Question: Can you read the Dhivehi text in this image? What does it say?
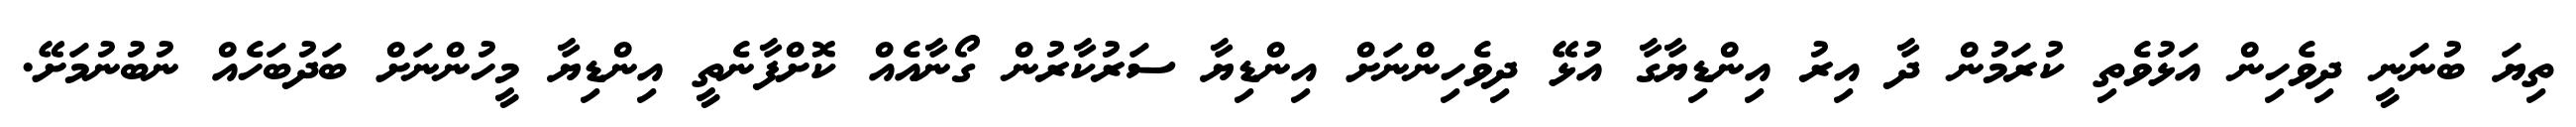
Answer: ތިޔަ ބުނަނީ ދިވެހިން އަޅުވެތި ކުރަމުން ދާ އިރު އިންޑިޔާގާ އުޅޭ ދިވެހިންނަށް އިންޑިޔާ ސަރުކާރުން ގޯނާއެއް ކޮށްފާނެތީ އިންޑިޔާ މީހުންނަށް ބަދުބަހެއް ނުބުނުމަށޭ.